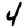
Digit: 4